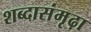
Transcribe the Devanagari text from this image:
शब्दासंमृढ़ा